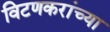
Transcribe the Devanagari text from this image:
विटणकरांच्या